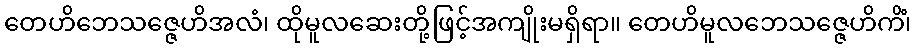
တေဟိဘေသဇ္ဇေဟိအလံ၊ ထိုမူလဆေးတို့ဖြင့်အကျိုးမရှိရာ။ တေဟိမူလဘေသဇ္ဇေဟိကိံ၊